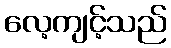
လေ့ကျင့်သည်